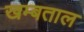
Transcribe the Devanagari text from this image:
खम्बताल